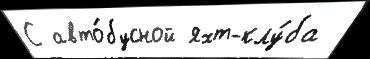
С авто́бусной яхт-клу́ба